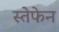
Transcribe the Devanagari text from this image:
स्तेफेन